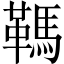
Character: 䩻